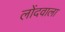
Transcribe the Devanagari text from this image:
लोंदवाला